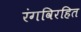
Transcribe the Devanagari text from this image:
रंगविरहित